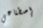
إصطناعي